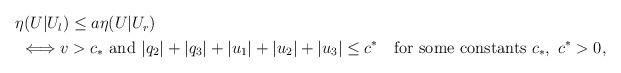
LaTeX: \begin{align*}\begin{aligned}&\eta(U|U_l) \le a\eta(U|U_r)\\&~ \Longleftrightarrow v>c_*~\mbox{and}~ |q_2|+|q_3|+ |u_1|+ |u_2|+|u_3|\le c^*\quad\mbox{for some constants}~c_*,~c^*>0, \end{aligned} \end{align*}